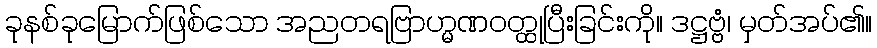
ခုနစ်ခုမြောက်ဖြစ်သော အညတရဗြာဟ္မဏဝတ္ထုပြီးခြင်းကို။ ဒဋ္ဌဗ္ဗံ၊ မှတ်အပ်၏။